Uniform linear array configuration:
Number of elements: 48
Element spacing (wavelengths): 0.75
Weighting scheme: hann
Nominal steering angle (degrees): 45
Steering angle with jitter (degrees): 43.197
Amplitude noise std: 0.05
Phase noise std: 0.05

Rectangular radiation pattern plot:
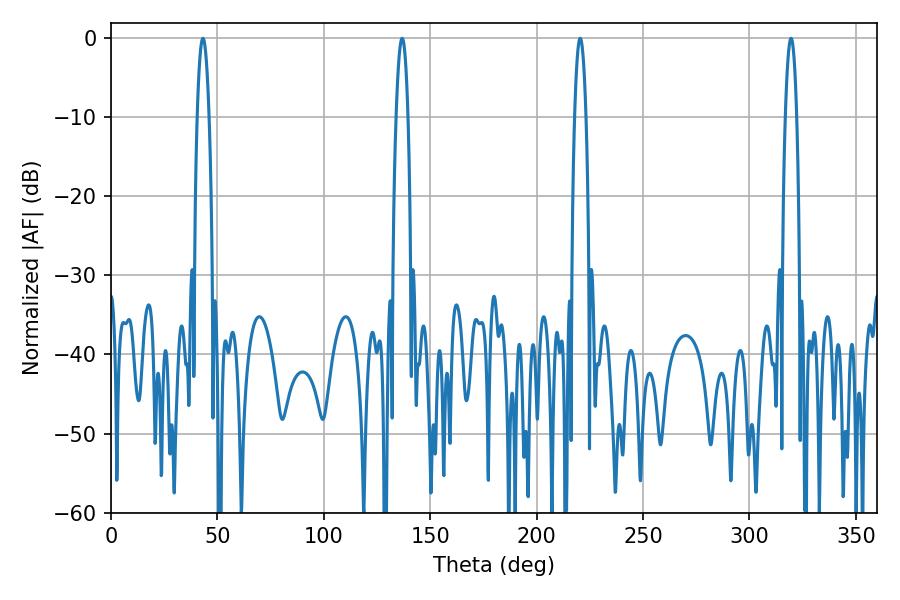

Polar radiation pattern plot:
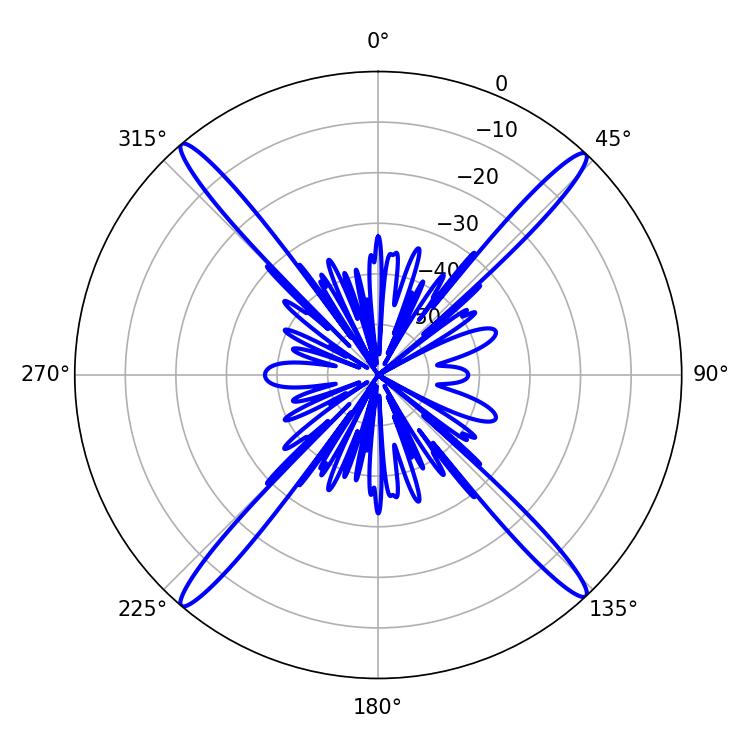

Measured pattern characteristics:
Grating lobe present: TRUE
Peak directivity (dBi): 24.289
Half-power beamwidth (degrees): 3.06
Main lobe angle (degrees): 43.2